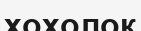
хохолок